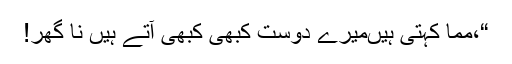
“،مما کہتی ہیںمیرے دوست کبھی کبھی آتے ہیں نا گھر!